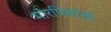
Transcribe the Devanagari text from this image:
मोरपिसांची